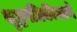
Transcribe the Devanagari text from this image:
शुद्धगतिकीमध्ये